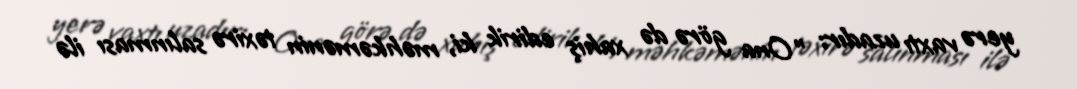
yerə vaxtı uzadır: "Ona görə də xahiş edirik ki, məhkəmənin təxirə salınması ilə